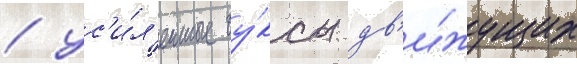
/ ус'и́л'енные бу́ксы дв'и́жущих